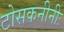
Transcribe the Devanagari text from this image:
टोसकनीनीः